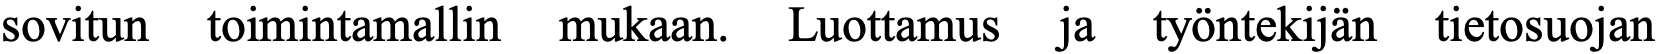
sovitun toimintamallin mukaan. Luottamus ja työntekijän tietosuojan